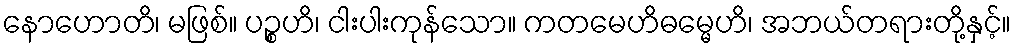
နောဟောတိ၊ မဖြစ်။ ပဉ္စဟိ၊ ငါးပါးကုန်သော။ ကတမေဟိဓမ္မေဟိ၊ အဘယ်တရားတို့နှင့်။